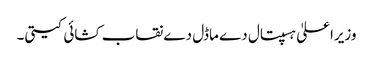
وزیراعلیٰ ہسپتال دے ماڈل دے نقاب کشائی کیتی۔